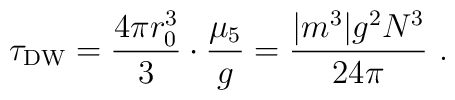
\tau_{\rm DW}  =\frac{4\pi r_0^3}{3} \cdot \frac{\mu_5}{g} = \frac{ |m^3| g^2 N^3}{24\pi}\ .